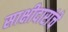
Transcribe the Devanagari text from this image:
साक्षीदारांचे